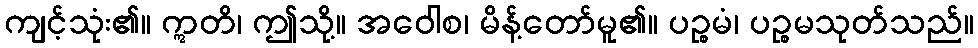
ကျင့်သုံး၏။ ဣတိ၊ ဤသို့။ အဝေါစ၊ မိန့်တော်မူ၏။ ပဉ္စမံ၊ ပဉ္စမသုတ်သည်။